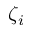
\zeta _ { i }